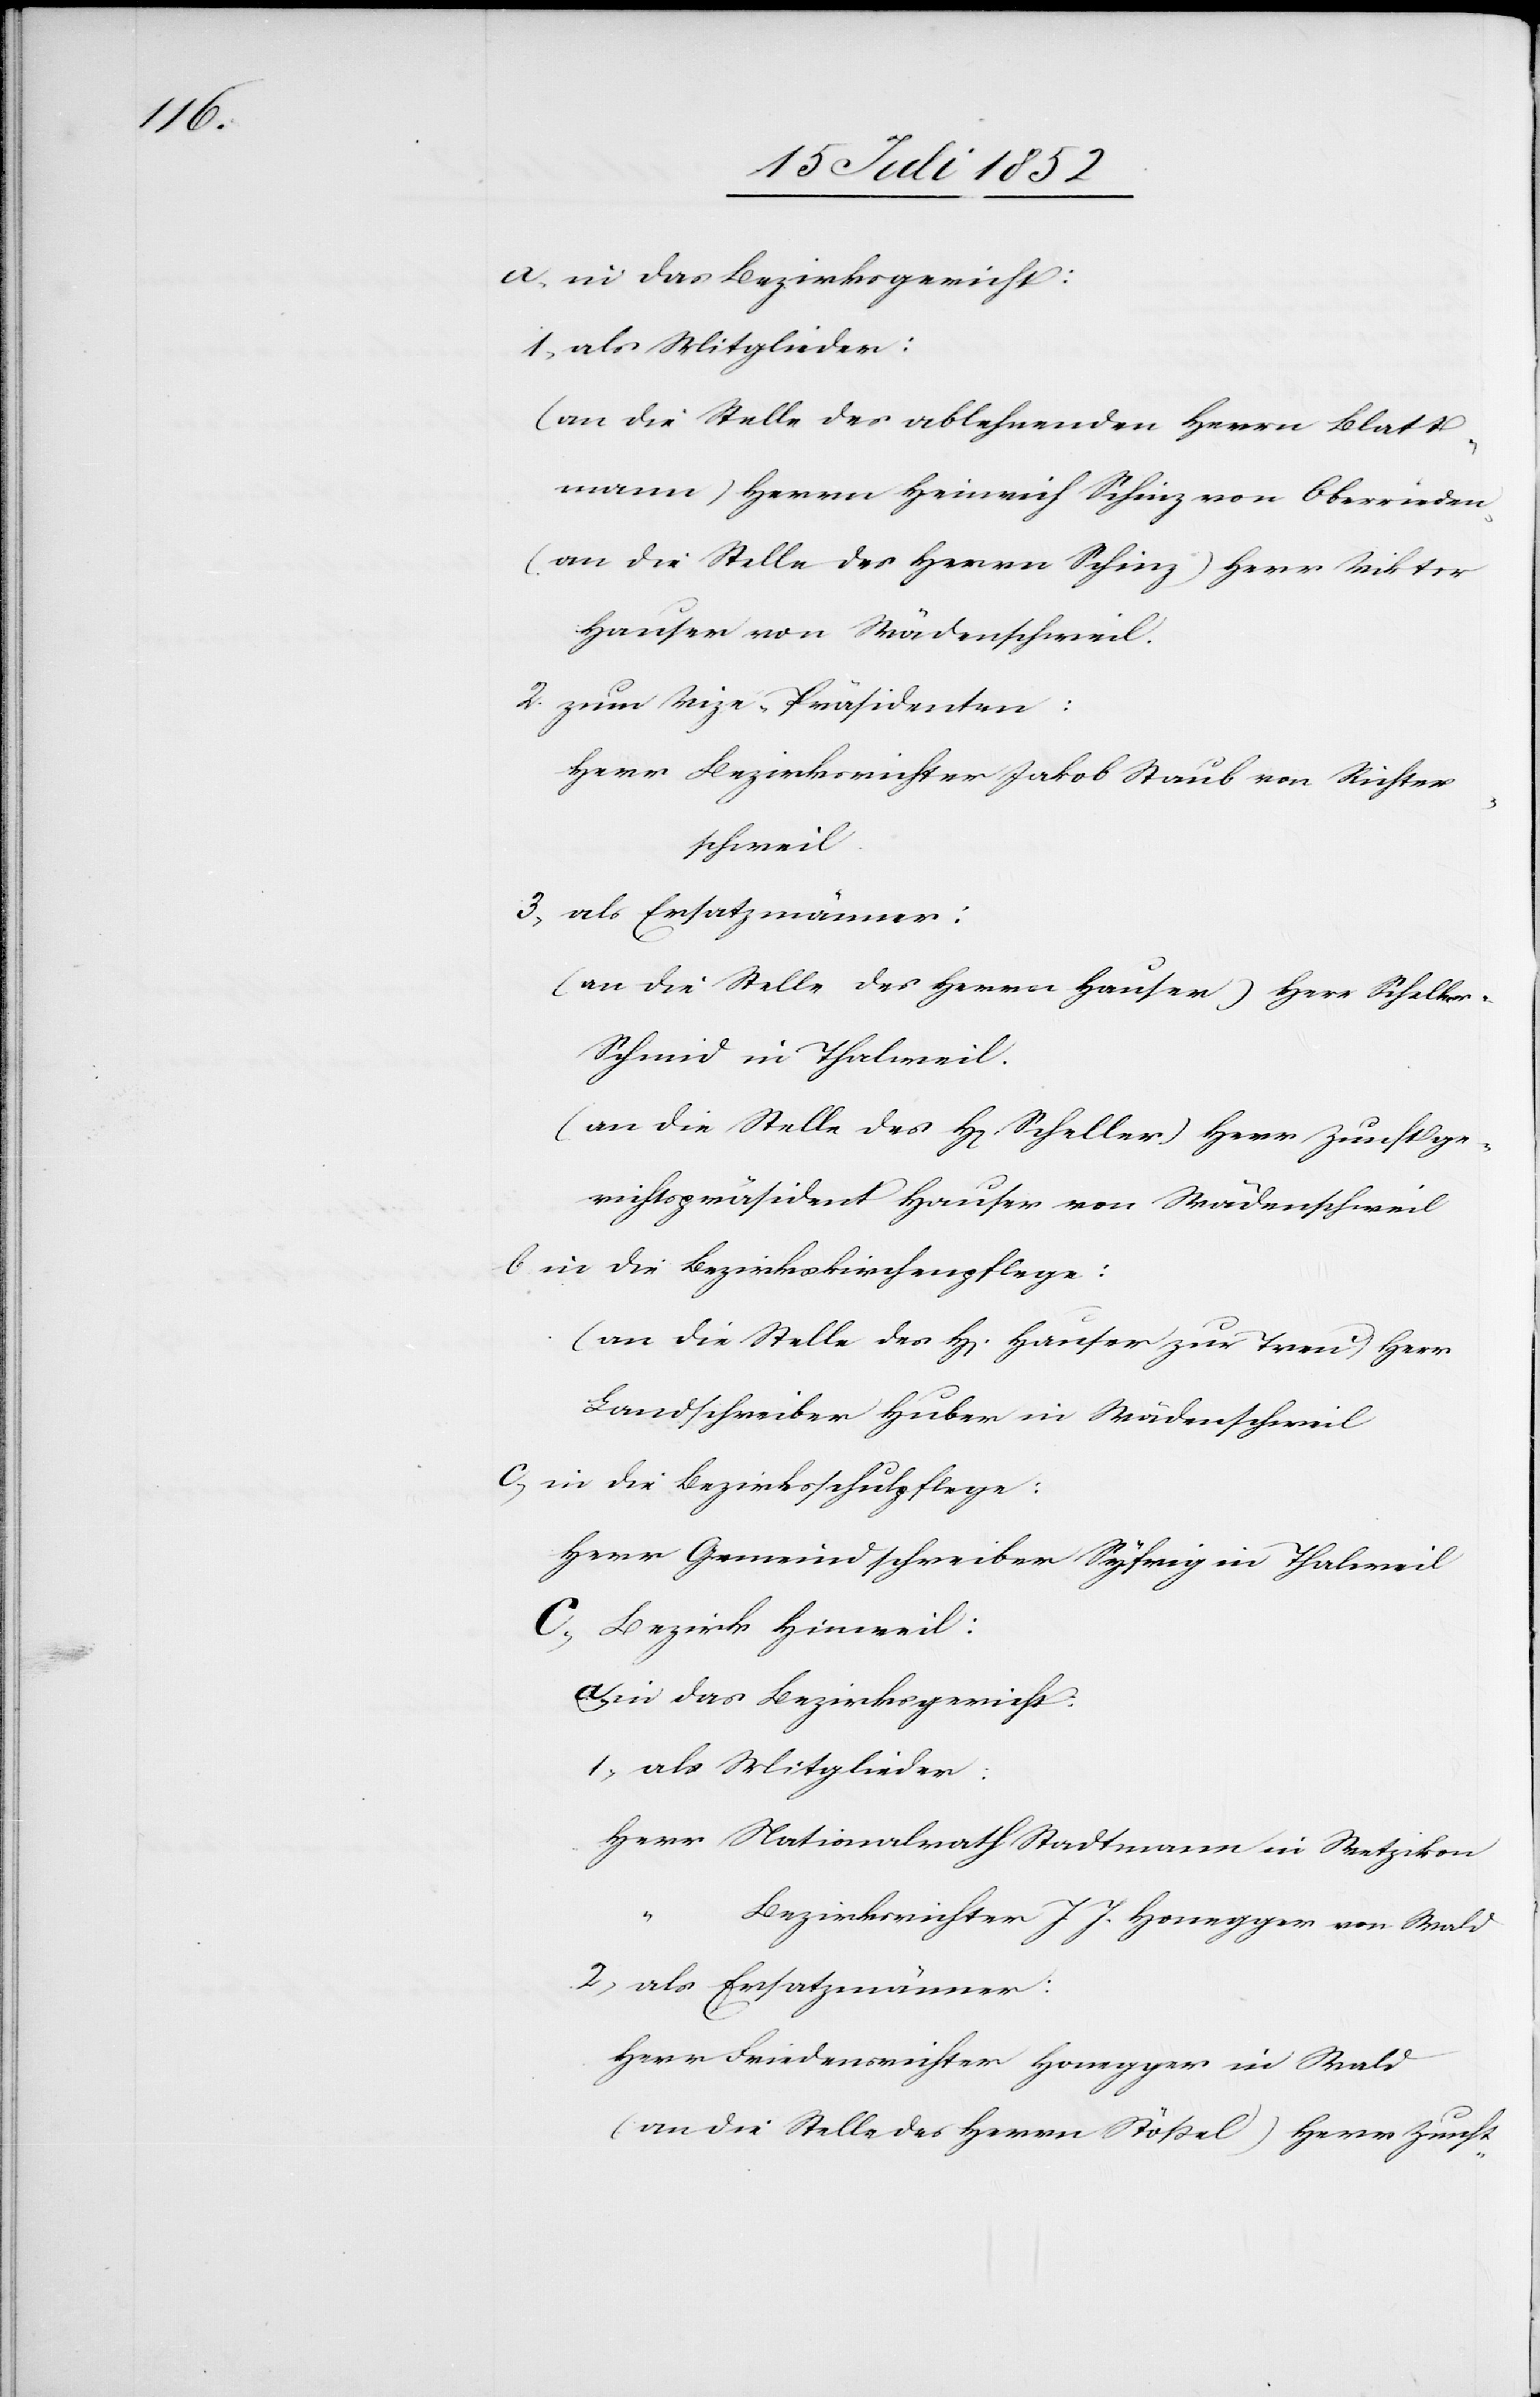
1,

als Mitglieder:
(an die Stelle des ablehnenden Herrn Blatt¬
mann) Herrn Heinrich Schinz von Oberrieden
(an die Stelle des Herrn Schinz) Herr Viktor
Hauser von Wädenschweil.
zum Vize-Präsidenten:
Herr Bezirksrichter Jakob Staub von Richter¬
schweil
(an die Stelle des Herrn Hauser) Herr Schelle¬
r-Schmid in Thalweil.
(an die Stelle des H[errn] Scheller) Herrn Zunftge¬
richtspräsident Hauser von Wädenschweil
in die Bezirkskirchenpflege:
(an die Stelle des H[errn] Hauser zur Treu) Herr
Landschreiber Huber in Wädenschweil
in die Bezirksschulpflege:
Herr Gemeindschreiber Syfrig in Thalweil
Bezirk Hinweil:
in das Bezirksgericht:
als Mitglieder:
Herr Nationalrath Stadtmann in Wetzikon
“
Bezirksrichter J. J. Honegger von Wald
als Ersatzmänner:
Herr Friedensrichter Honegger in Wald
(an die Stelle des Herrn Stößel) Herr Zunft-